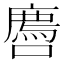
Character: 𫬅